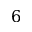
6